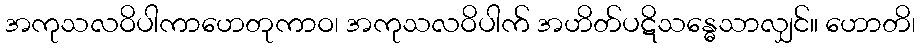
အကုသလဝိပါကာဟေတုကာဝ၊ အကုသလဝိပါက် အဟိတ်ပဋိသန္ဓေသာလျှင်။ ဟောတိ၊